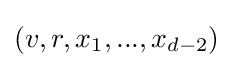
(v,r,x_{1},...,x_{d-2})